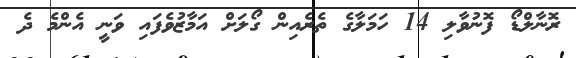
ރޮނާލްޑޯ ފޮނުވާލި 14 ހަމަލާގެ ތެރެއިން ގޯލަށް އަމާޒުވެފައި ވަނީ އެންމެ ދެ